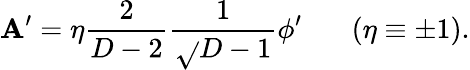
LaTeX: \mathbf{A}^{\prime}=\eta{\frac{{2}}{{D-2}}}{\frac{{1}}{{\sqrt{}{{D-1}}}}}\phi^{\prime}\ \ \ \ \ \ \ (\eta\equiv\pm1).